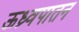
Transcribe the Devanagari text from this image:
ऊध्र्वपातन